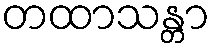
တထာသန္တာ